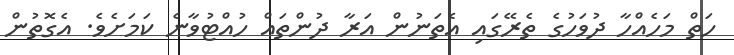
ހަތް މަހެއްހާ ދުވަހުގެ ތެރޭގައި އެތަނުން އަރާ ދުންތައް ހުއްޓުވާނެ ކަމަށެވެ. އެގޮތުން